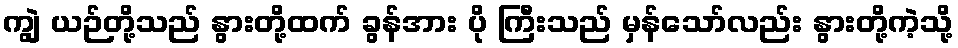
ကျွဲ ယဉ်တို့သည် နွားတို့ထက် ခွန်အား ပို ကြီးသည် မှန်သော်လည်း နွားတို့ကဲ့သို့